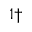
^ { 1 \dag }